Burma Government Medical School reports 1923-41
Year: 1923
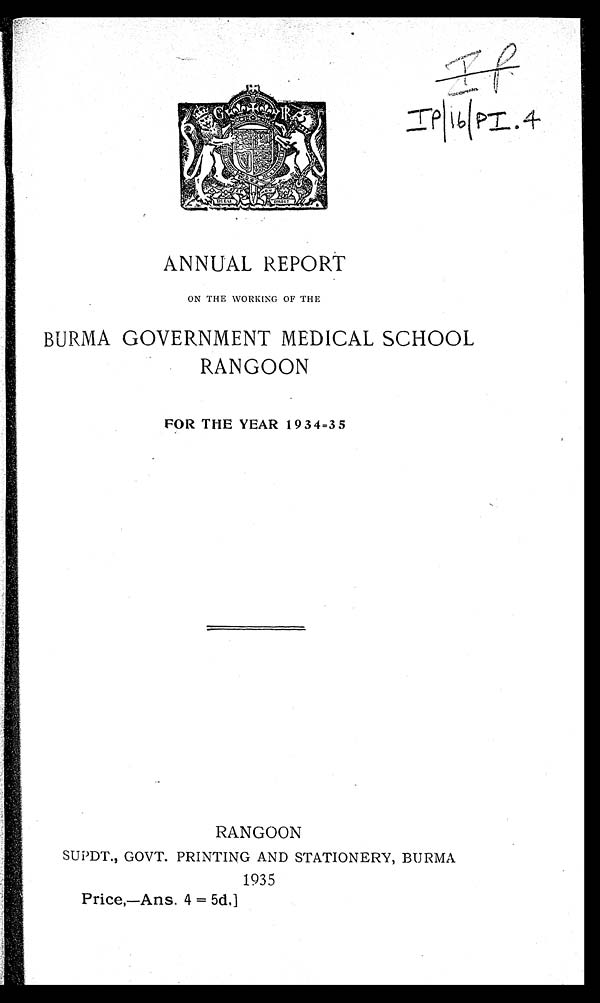
IfIp/16/PI.4
ANNUAL REPORT
ON THE WORKING OF THE
BURMA GOVERNMENT MEDICAL SCHOOL
RANGOON
FOR THE YEAR 1934=35
RANGOON
SUPDT., GOVT. PRINTING AND STATIONERY, BURMA
1935
Price,—Ans. 4 = 5d.]